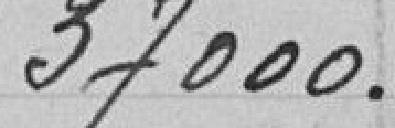
37000